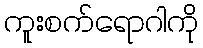
ကူးစက်ရောဂါကို